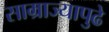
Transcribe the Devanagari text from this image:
साम्राज्यापुढे